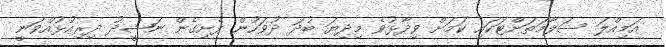
އަމިއްލަ ސަލާމަތަށްޓަކައި ކަމަށް ވިދާޅުވެ މިދިޔަ ބުދަ ދުވަހުން ފެށިގެން ނަޝީދު ދިރިއުޅުއްވަނީ